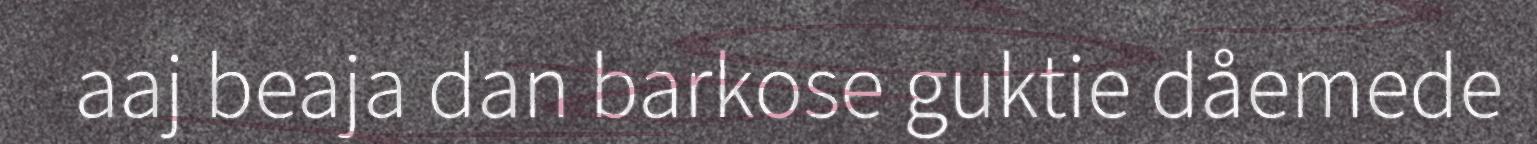
aaj beaja dan barkose guktie dåemede